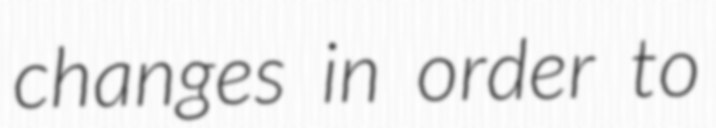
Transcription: changes in order to